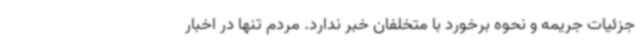
جزئیات جریمه و نحوه برخورد با متخلفان خبر ندارد. مردم تنها در اخبار